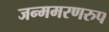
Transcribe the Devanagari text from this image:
जन्ममरणरुप